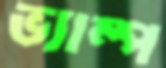
ভ্যাম্প